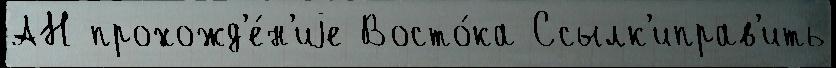
АН прохожд'е́н'иjе Восто́ка Ссылк'иправ'ить